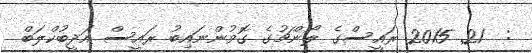
:  21